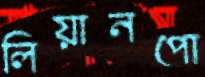
লিয়ানপো